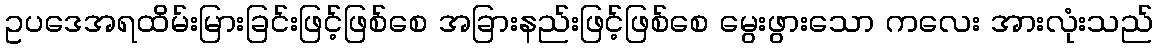
ဥပဒေအရထိမ်းမြားခြင်းဖြင့်ဖြစ်စေ အခြားနည်းဖြင့်ဖြစ်စေ မွေးဖွားသော ကလေး အားလုံးသည်